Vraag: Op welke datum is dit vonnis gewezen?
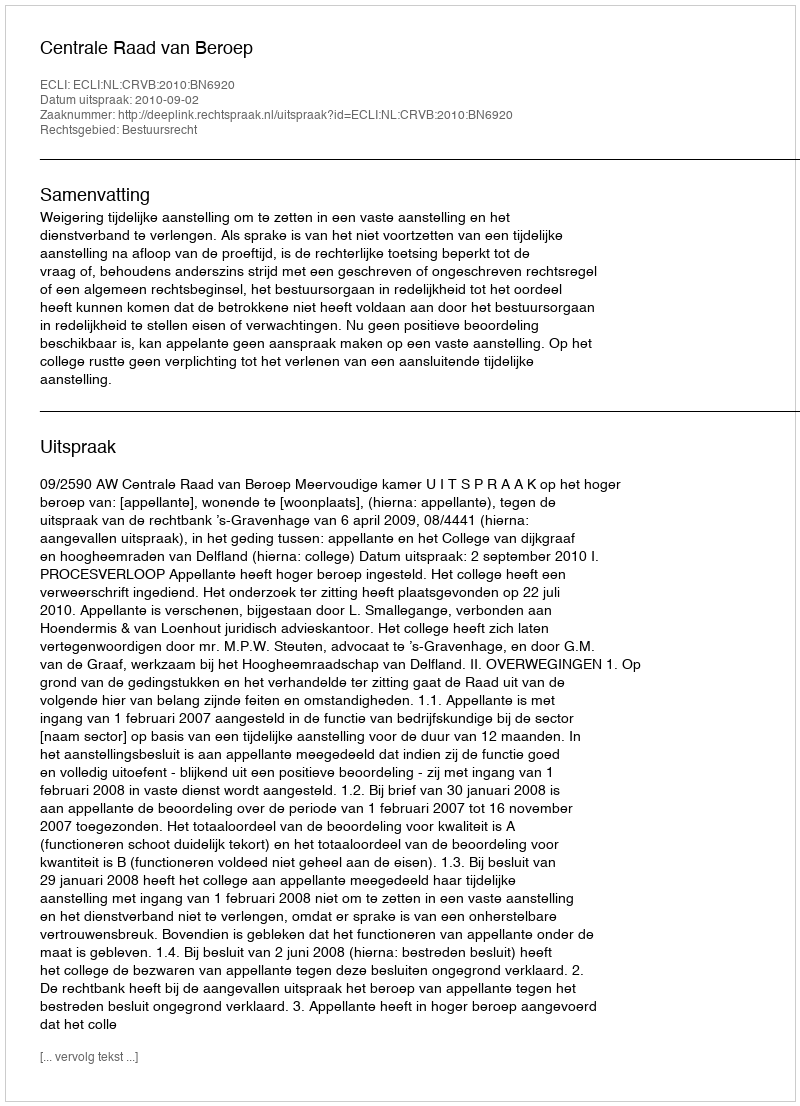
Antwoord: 2010-09-02